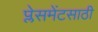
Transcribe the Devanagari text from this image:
प्लेसमेंटसाठी